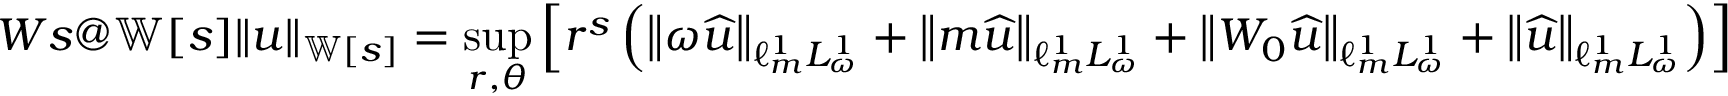
\index { W s @ { \mathbb { W } [ { s } ] } } \lVert u \rVert _ { { \mathbb { W } [ { s } ] } } = \operatorname* { s u p } _ { r , \theta } \left[ r ^ { s } \left( \left\lVert \omega \widehat { u } \right\rVert _ { \ell _ { m } ^ { 1 } L _ { \omega } ^ { 1 } } + \left\lVert m \widehat { u } \right\rVert _ { \ell _ { m } ^ { 1 } L _ { \omega } ^ { 1 } } + \left\lVert W _ { 0 } \widehat { u } \right\rVert _ { \ell _ { m } ^ { 1 } L _ { \omega } ^ { 1 } } + \left\lVert \widehat { u } \right\rVert _ { \ell _ { m } ^ { 1 } L _ { \omega } ^ { 1 } } \right) \right]